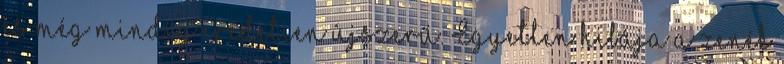
és még mindig eredetien újszerű. Egyetlen hibája a zenék